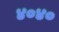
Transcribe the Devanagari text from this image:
४०४०